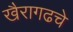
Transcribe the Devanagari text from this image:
खैरागढचे